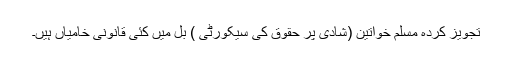
تجویز کردہ مسلم خواتین (شادی پر حقوق کی سیکورٹی ) بل میں کئی قانونی خامیاں ہیں۔